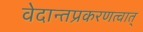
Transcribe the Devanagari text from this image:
वेदान्तप्रकरणत्वात्